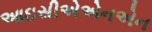
આઇસીએએનએન